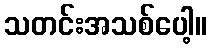
သတင်းအသစ်ပေါ့။